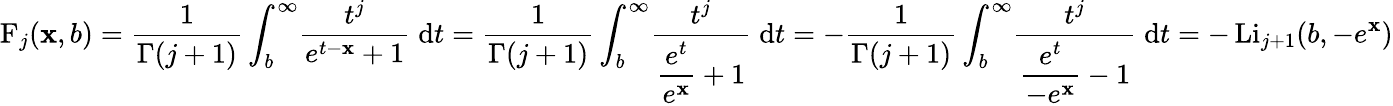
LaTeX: \operatorname{F}_{j}(\mathbf{x},b)={\frac{{1}}{{\Gamma(j+1)}}}\int_{b}^{\infty}\! {\frac{{t^{j}}}{{e^{t-\mathbf{x}}+1}}}\; \mathrm{{d}}t={\frac{{1}}{{\Gamma(j+1)}}}\int_{b}^{\infty}\! {\frac{{t^{j}}}{{\displaystyle{\frac{{e^{t}}}{{e^{\mathbf{x}}}}}+1}}}\; \mathrm{{d}}t=-{\frac{{1}}{{\Gamma(j+1)}}}\int_{b}^{\infty}\! {\frac{{t^{j}}}{{\displaystyle{\frac{{e^{t}}}{{-e^{\mathbf{x}}}}}-1}}}\; \mathrm{{d}}t=-\operatorname{Li}_{j+1}(b,-e^{\mathbf{x}})